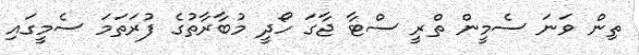
ތިން ވަަނަ ސެމީން ތްރީ ސްޓާ ޖާގަ ހޯދީ މުބާރާތުގެ ފުރަތަމަ ސެމީގައި